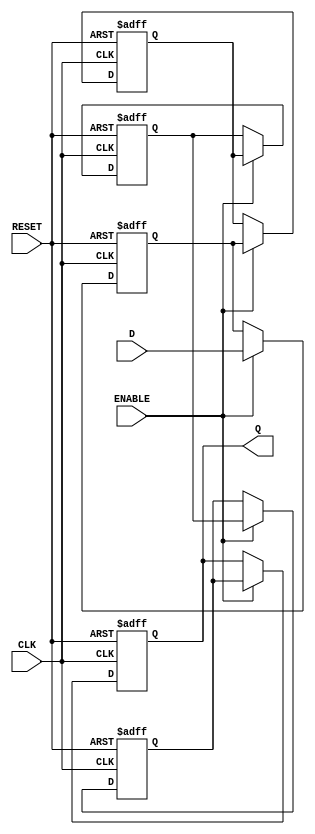
module multistage_register #(
    parameter N = 4,            // Number of stages
    parameter WIDTH = 8         // Width of the data
)(
    input wire                  CLK,    // Clock signal
    input wire                  RESET,  // Asynchronous reset signal
    input wire                  ENABLE, // Enable signal
    input wire [WIDTH-1:0]     D,      // Data input
    output reg [WIDTH-1:0]     Q       // Data output
);

    // Internal registers for each stage
    reg [WIDTH-1:0] stage [0:N-1];

    integer i;

    always @(posedge CLK or posedge RESET) begin
        if (RESET) begin
            // Clear all stages on reset
            for (i = 0; i < N; i = i + 1) begin
                stage[i] <= {WIDTH{1'b0}}; // Initialize to zero
            end
            Q <= {WIDTH{1'b0}}; // Output also reset to zero
        end else if (ENABLE) begin
            // Shift the data through the stages
            stage[0] <= D; // First stage takes input D
            for (i = 1; i < N; i = i + 1) begin
                stage[i] <= stage[i-1]; // Shift data through stages
            end
            Q <= stage[N-1]; // Output from the last stage
        end
    end

endmodule